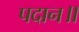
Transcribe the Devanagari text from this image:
पदान॥